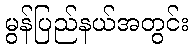
မွန်ပြည်နယ်အတွင်း